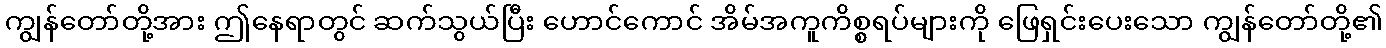
ကျွန်တော်တို့အား ဤနေရာတွင် ဆက်သွယ်ပြီး ဟောင်ကောင် အိမ်အကူကိစ္စရပ်များကို ဖြေရှင်းပေးသော ကျွန်တော်တို့၏